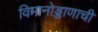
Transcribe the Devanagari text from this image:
विमानोड्डाणाची